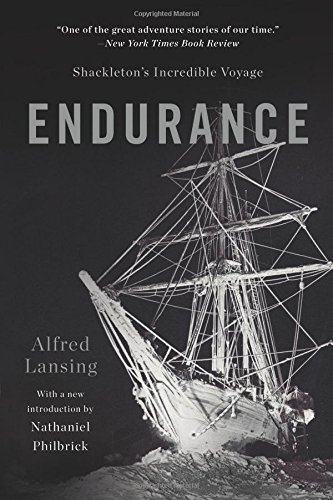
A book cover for Endurance: Shackleton's Incredible Voyage; Alfred Lansing; Engineering & Transportation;